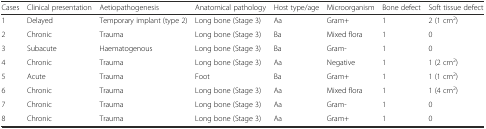
<table><thead><tr><td><b>Cases</b></td><td><b>Clinical presentation</b></td><td><b>Aetiopathogenesis</b></td><td><b>Anatomical pathology</b></td><td><b>Host type/age</b></td><td><b>Microorganism</b></td><td><b>Bone defect</b></td><td><b>Soft tissue defect</b></td></tr></thead><tbody><tr><td>1</td><td>Delayed</td><td>Temporary implant (type 2)</td><td>Long bone (Stage 3)</td><td>Aa</td><td>Gram+</td><td>1</td><td>2 (1 cm<sup>2</sup>)</td></tr><tr><td>2</td><td>Chronic</td><td>Trauma</td><td>Long bone (Stage 3)</td><td>Ba</td><td>Mixed flora</td><td>1</td><td>0</td></tr><tr><td>3</td><td>Subacute</td><td>Haematogenous</td><td>Long bone (Stage 3)</td><td>Ba</td><td>Gram-</td><td>1</td><td>0</td></tr><tr><td>4</td><td>Chronic</td><td>Trauma</td><td>Long bone (Stage 3)</td><td>Aa</td><td>Negative</td><td>1</td><td>1 (2 cm<sup>2</sup>)</td></tr><tr><td>5</td><td>Acute</td><td>Trauma</td><td>Foot</td><td>Ba</td><td>Gram+</td><td>1</td><td>1 (1 cm<sup>2</sup>)</td></tr><tr><td>6</td><td>Chronic</td><td>Trauma</td><td>Long bone (Stage 3)</td><td>Aa</td><td>Mixed flora</td><td>1</td><td>1 (4 cm<sup>2</sup>)</td></tr><tr><td>7</td><td>Chronic</td><td>Trauma</td><td>Long bone (Stage 3)</td><td>Aa</td><td>Gram-</td><td>1</td><td>0</td></tr><tr><td>8</td><td>Chronic</td><td>Trauma</td><td>Long bone (Stage 3)</td><td>Aa</td><td>Gram+</td><td>1</td><td>0</td></tr></tbody></table>